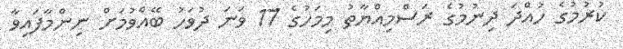
ކުރުމުގެ ހުއްދަ ދިނުމުގެ ރަސްމިއްޔާތު މިމަހުގެ 17 ވަނަ ދުވަހު ބޭއްވުމަށް ނިންމާފައިވާ